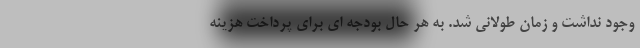
وجود نداشت و زمان طولانی شد. به هر حال بودجه ای برای پرداخت هزینه